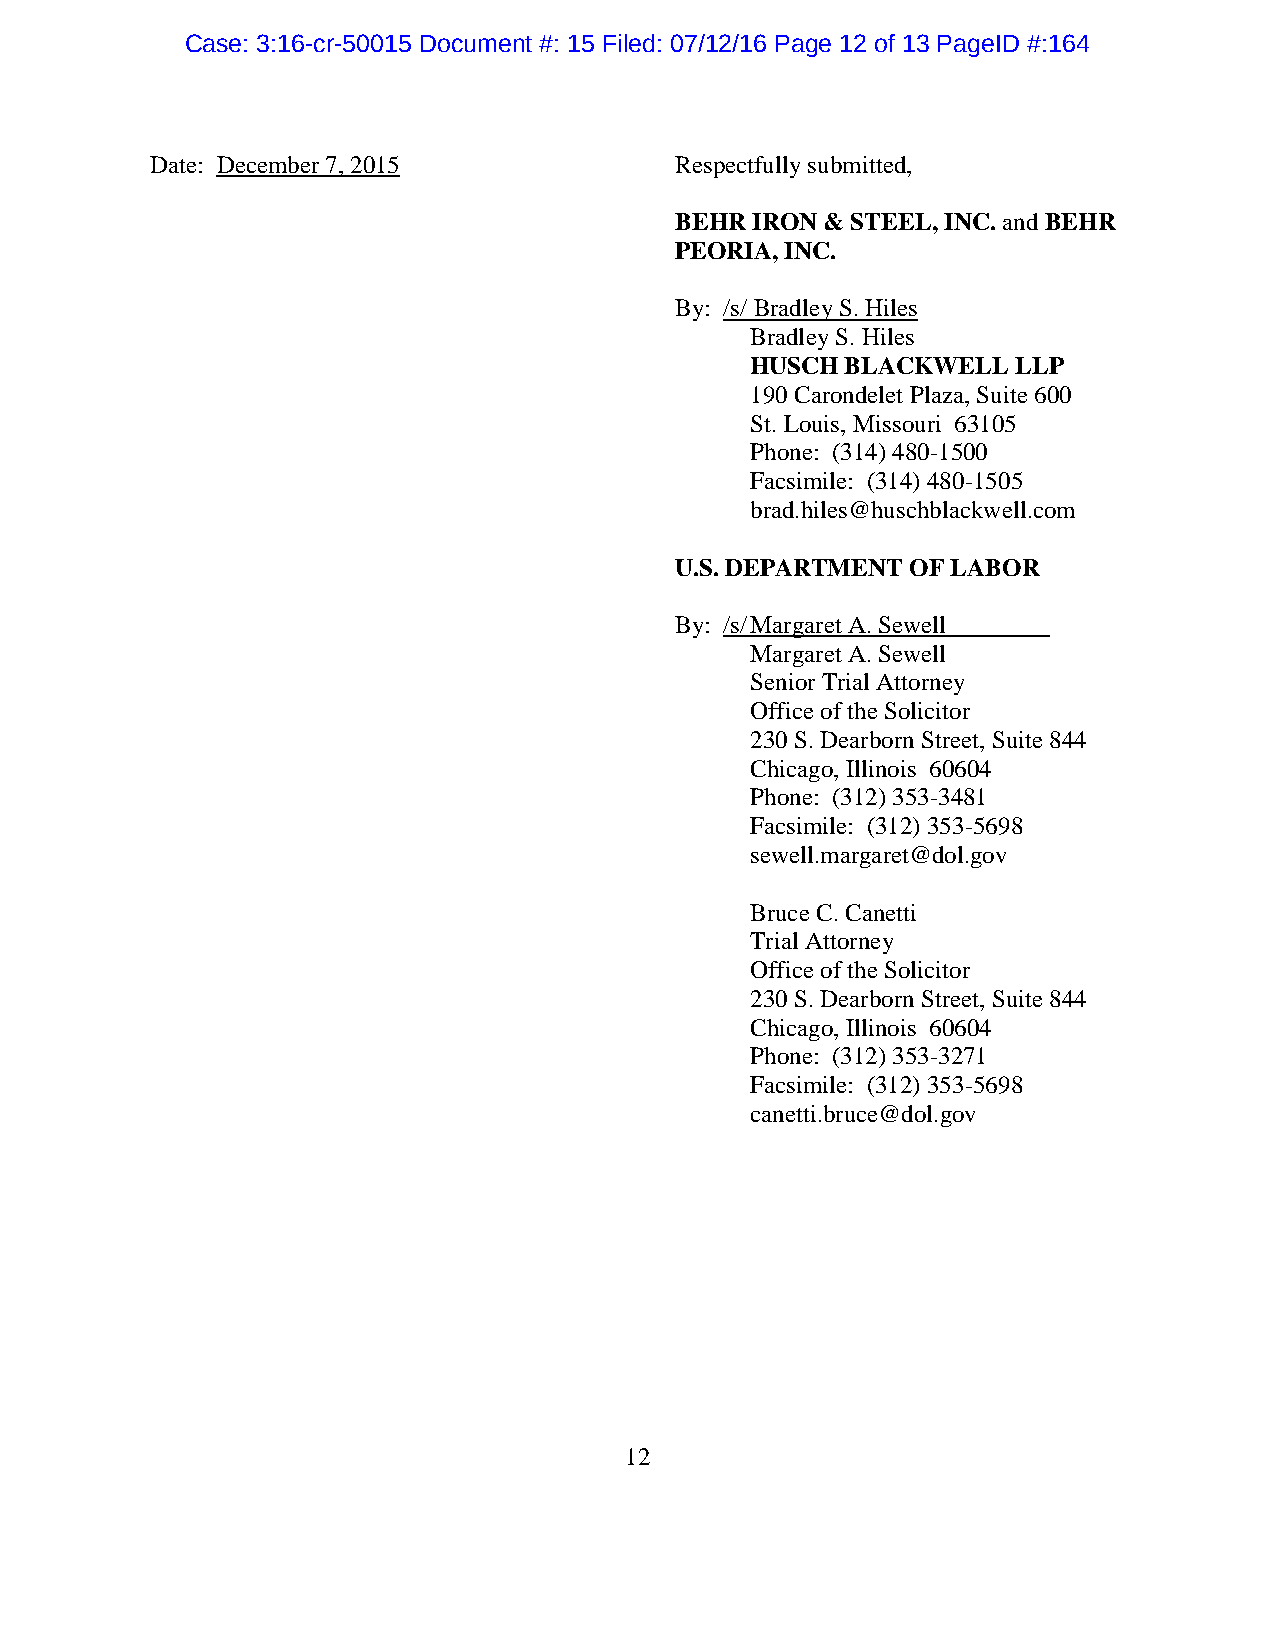
Case: 3:16-cr-50015 Document #: 15 Filed: 07/12/16 Page 12 of 13 PageID #:164
 Date: December 7, 2015             Respectfully submitted,
 BEHR IRON & STEEL, INC. and BEHR
 PEORIA, INC.
 By: /s/ Bradley S. Hiles
 Bradley S. Hiles
 HUSCH BLACKWELL  LLP
 190 Carondelet Plaza, Suite 600
 St. Louis, Missouri 63105
 Phone: (314) 480-1500
 Facsimile: (314) 480-1505
 brad.hiles@huschblackwell.com
 U.S. DEPARTMENT OF LABOR
 By: /s/ Margaret A. Sewell
 Margaret A. Sewell
 Senior Trial Attorney
 Office of the Solicitor
 230 S. Dearborn Street, Suite 844
 Chicago, Illinois 60604
 Phone: (312) 353-3481
 Facsimile: (312) 353-5698
 sewell.margaret@dol.gov
 Bruce C. Canetti
 Trial Attorney
 Office of the Solicitor
 230 S. Dearborn Street, Suite 844
 Chicago, Illinois 60604
 Phone: (312) 353-3271
 Facsimile: (312) 353-5698
 canetti.bruce@dol.gov
 12